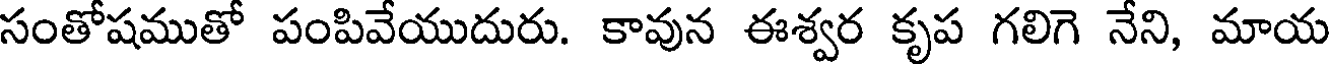
సంతోషముతో పంపివేయుదురు. కావున ఈశ్వర కృప గలిగె నేని, మాయ